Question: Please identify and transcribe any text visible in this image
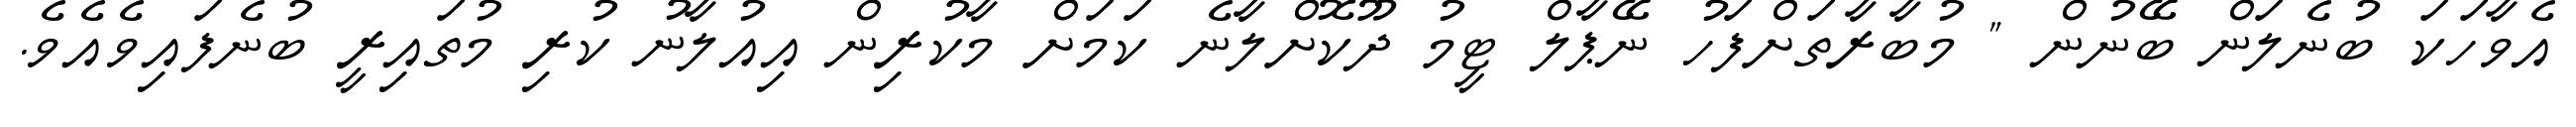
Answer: އެވާހަކަ ބުނެލަން ބޭނުން " މުބާރާތަށްފަހު ނޭޕާލް ޓީމު ދޫކޮށްލާނެ ކަމަށް މާކުރިން އިއުލާނު ކުރި މުތައިރީ ބުނެފައިވެއެވެ.